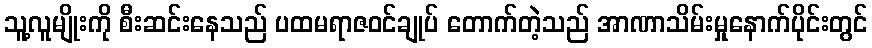
သူ့လူမျိုးကို စီးဆင်းနေသည် ပထမရာဇဝင်ချုပ် တောက်တဲ့သည် အာဏာသိမ်းမှုနောက်ပိုင်းတွင်